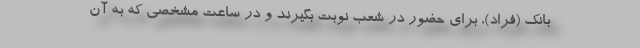
بانک (فراد)، برای حضور در شعب نوبت بگیرند و در ساعت مشخصی که به آن